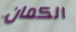
الكمان